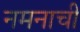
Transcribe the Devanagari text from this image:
नमनाची